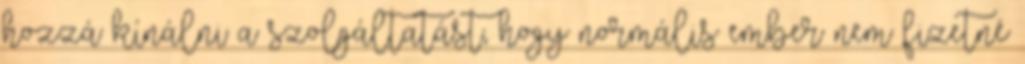
hozzá kínálni a szolgáltatást, hogy normális ember nem fizetné